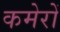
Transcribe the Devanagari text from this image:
कमेरों